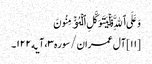
وَعَلَی ٱللَّهِ فَلۡیَتَوَکَّلِ ٱلۡمُؤۡمِنُونَ
[۱۱] آل عمران/سوره۳، آیه۱۲۲۔